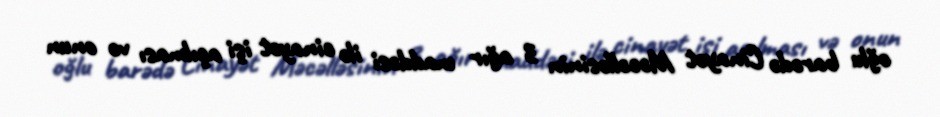
oğlu barədə Cinayət Məcəlləsinin 3 ağır maddəsi ilə cinayət işi açılması və onun